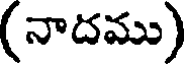
(నాదము)